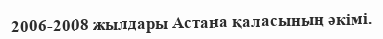
2006-2008 жылдары Астана қаласының әкімі.